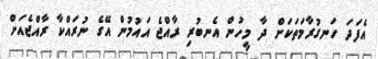
އެފަދަ ހަނގުރާމަތަކަށް ދާ މީހުން އެނބުރި ރާއްޖެ އައުމުން އޭގެ ނުރައްކާ ރާއްޖެއަށް